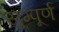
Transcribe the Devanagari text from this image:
सुम्पूर्ण